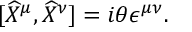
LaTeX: \lbrack \widehat { X } ^ { \mu } , \widehat { X } ^ { \nu } ] = i \theta \epsilon ^ { \mu \nu } .